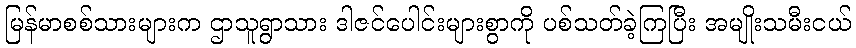
မြန်မာစစ်သားများက ဌာသူရွာသား ဒါဇင်ပေါင်းများစွာကို ပစ်သတ်ခဲ့ကြပြီး အမျိုးသမီးငယ်